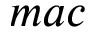
m a c